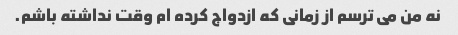
نه من می ترسم از زمانی که ازدواج کرده ام وقت نداشته باشم.